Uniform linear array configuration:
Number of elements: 12
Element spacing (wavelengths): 0.75
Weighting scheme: exponential
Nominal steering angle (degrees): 60
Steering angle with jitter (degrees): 60.574
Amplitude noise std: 0.05
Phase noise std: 0.05

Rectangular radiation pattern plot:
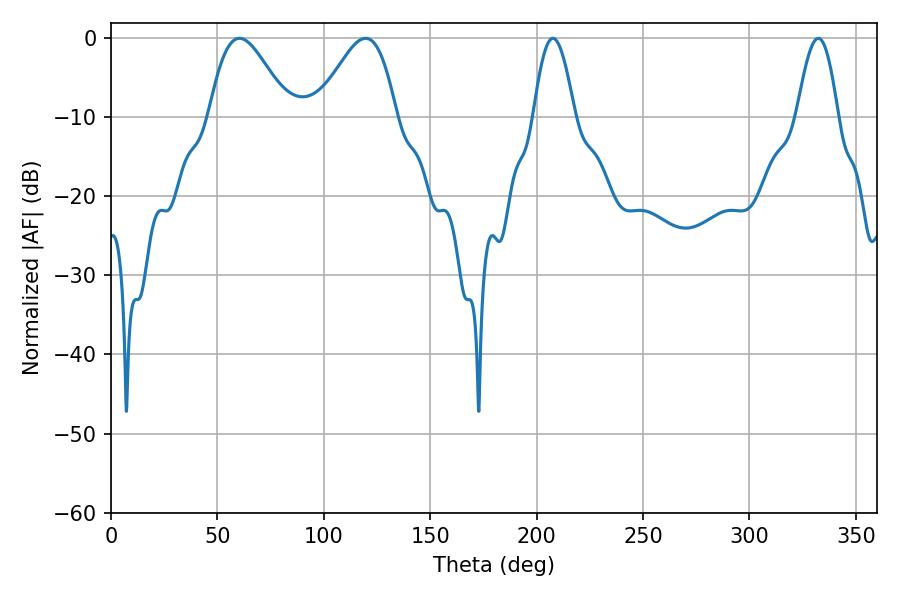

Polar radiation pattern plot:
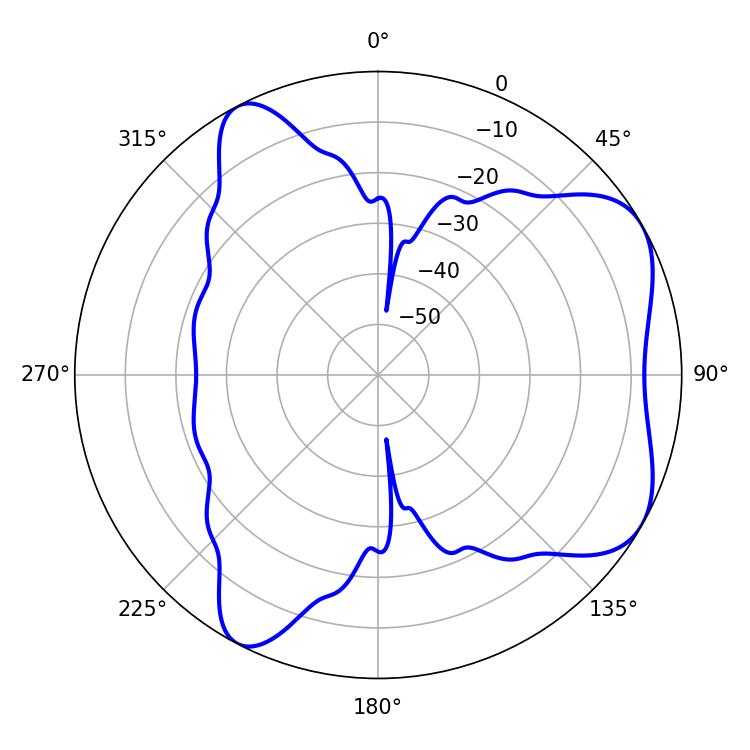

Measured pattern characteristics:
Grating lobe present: TRUE
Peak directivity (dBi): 5.908
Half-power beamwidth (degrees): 19.8
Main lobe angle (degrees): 60.3